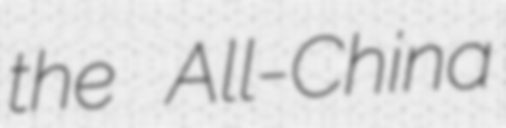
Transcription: the All-China